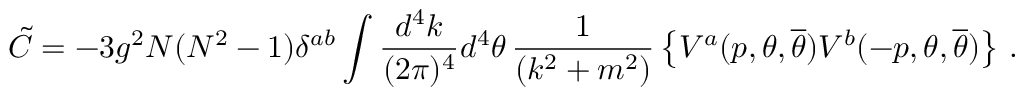
\tilde { C } = - 3 g ^ { 2 } N ( N ^ { 2 } - 1 ) \delta ^ { a b } \int \frac { d ^ { 4 } k } { ( 2 \pi ) ^ { 4 } } d ^ { 4 } \theta \, \frac { 1 } { ( k ^ { 2 } + m ^ { 2 } ) } \left\{ V ^ { a } ( p , \theta , { \overline { { \theta } } } ) V ^ { b } ( - p , \theta , { \overline { { \theta } } } ) \right\} \, .